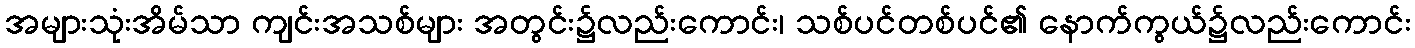
အများသုံးအိမ်သာ ကျင်းအသစ်များ အတွင်း၌လည်းကောင်း၊ သစ်ပင်တစ်ပင်၏ နောက်ကွယ်၌လည်းကောင်း